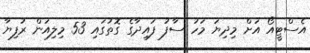
އެސްޓީއޯ އަށް މިދިޔަ މަހު ސާފު ފައިދާގެ ގޮތުގައި 53 މިލިއަން ރުފިޔާ